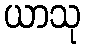
ယာသု